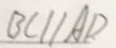
B C / / C D